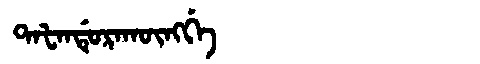
Manchu: ᡨᠠᡶᠠᠨᡩᡠᡵᠠᡴᡡᠩᡤᡝ
Romanization: TAFANDURAKŪNGGE